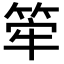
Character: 𥭲